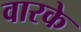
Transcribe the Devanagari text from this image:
वारके